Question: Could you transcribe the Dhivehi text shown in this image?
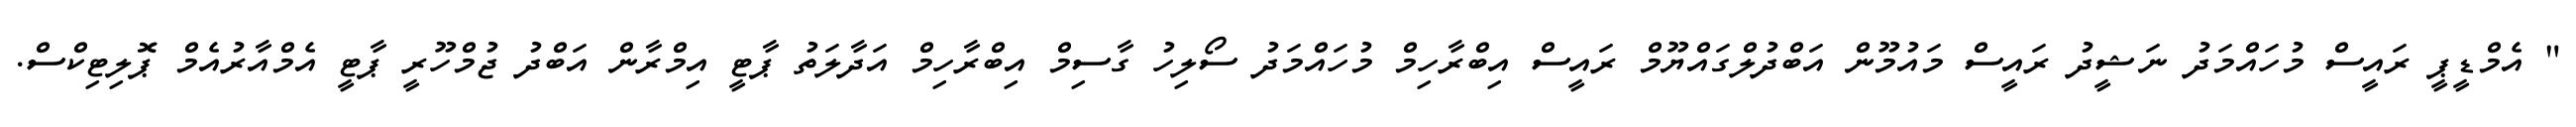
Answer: " އެމްޑީޕީ ރައީސް މުހައްމަދު ނަޝީދު ރައީސް މައުމޫން އަބްދުލްގައްޔޫމް ރައީސް އިބްރާހިމް މުހައްމަދު ސޯލިހު ގާސިމް އިބްރާހިމް އަދާލަތު ޕާޓީ އިމްރާން އަބްދު ޖުމްހޫރީ ޕާޓީ އެމްއާރުއެމް ޕޮލިޓިކްސް.